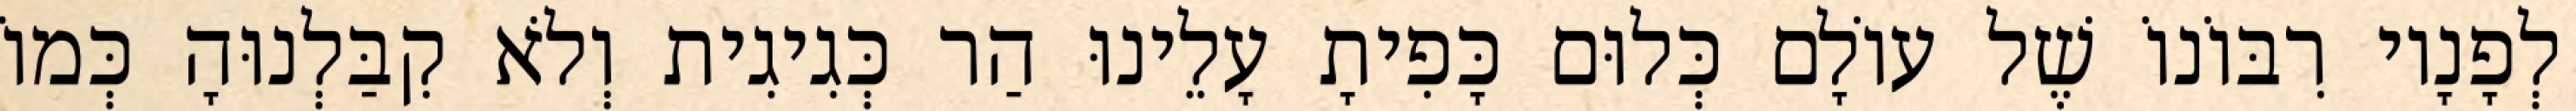
לְפָנָיו רִבּוֹנוֹ שֶׁל עוֹלָם כְּלוּם כָּפִיתָ עָלֵינוּ הַר כְּגִיגִית וְלֹא קִבַּלְנוּהָ כְּמוֹ